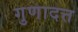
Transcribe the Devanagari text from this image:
गुणादत्त